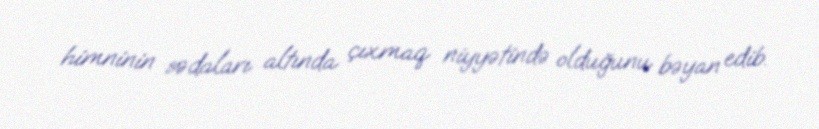
himninin sədaları altında çıxmaq niyyətində olduğunu bəyan edib.